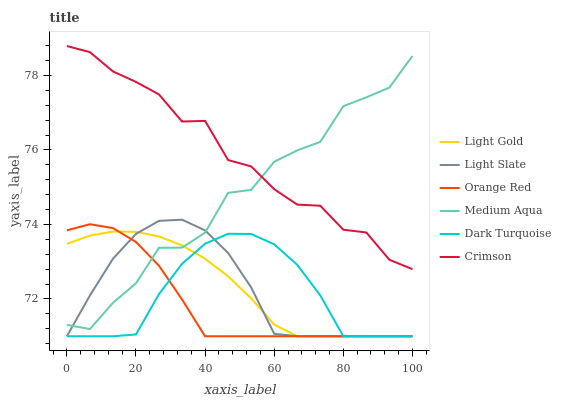
| xaxis_label | Light Gold | Light Slate | Orange Red | Medium Aqua | Dark Turquoise | Crimson |
 | --- | --- | --- | --- | --- | --- | --- |
 | 0 | 73.5 | 71 | 73.8 | 71.3 | 71 | 78.8 |
 | 6.67 | 73.7 | 72.1 | 74 | 71.2 | 71 | 78.6 |
 | 13.3 | 73.8 | 73.1 | 73.9 | 71.9 | 71 | 78.1 |
 | 20 | 73.8 | 73.7 | 73.5 | 72.4 | 71 | 77.8 |
 | 26.7 | 73.7 | 74.1 | 72.9 | 73.4 | 72.1 | 77.5 |
 | 33.3 | 73.4 | 74.1 | 72 | 73.4 | 72.9 | 76.8 |
 | 40 | 73.1 | 73.8 | 71 | 73.8 | 73.5 | 76.8 |
 | 46.7 | 72.6 | 73.2 | 71 | 74.8 | 73.8 | 75.7 |
 | 53.3 | 72 | 72.3 | 71 | 74.9 | 73.7 | 75.6 |
 | 60 | 71.3 | 71.1 | 71 | 75.7 | 73.5 | 74.9 |
 | 66.7 | 71 | 71 | 71 | 76 | 72.9 | 74.5 |
 | 73.3 | 71 | 71 | 71 | 76.2 | 72.1 | 74.5 |
 | 80 | 71 | 71 | 71 | 77.2 | 71 | 73.9 |
 | 86.7 | 71 | 71 | 71 | 77.4 | 71 | 73.8 |
 | 93.3 | 71 | 71 | 71 | 77.7 | 71 | 73.1 |
 | 100 | 71 | 71 | 71 | 78.5 | 71 | 72.8 |